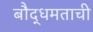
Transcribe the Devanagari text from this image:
बौद्धमताची